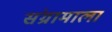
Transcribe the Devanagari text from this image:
संग्रामाला